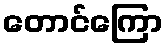
တောင်ကြော